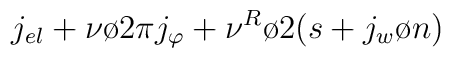
j_{el} + {{\nu}\o {2\pi}}j_{\varphi} + {{\nu^R}\o 2}(s+ {{j_w}\o n})